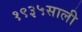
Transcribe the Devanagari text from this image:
१९३५साली